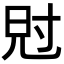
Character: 𡬩